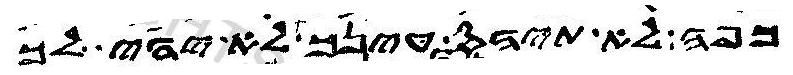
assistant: כפה לא תיהס עינך לא יהי לך